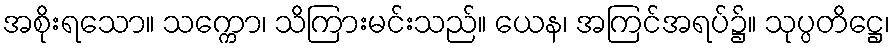
အစိုးရသော။ သက္ကော၊ သိကြားမင်းသည်။ ယေန၊ အကြင်အရပ်၌။ သုပ္ပတိဋ္ဌေ၊